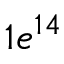
1 e ^ { 1 4 }